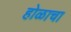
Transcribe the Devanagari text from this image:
होळाचा